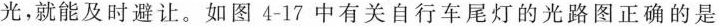
光，就能及时避让。如图4-17中有关自行车尾灯的光路图正确的是